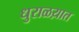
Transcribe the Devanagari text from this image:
धुराळय़ात